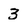
Character: 3